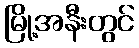
မြို့အနီးတွင်